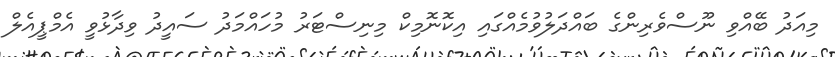
މިއަދު ބޭއްވި ނޫސްވެރިންގެ ބައްދަލުވުމެއްގައި އިކޮނޮމިކް މިނިސްޓަރު މުހައްމަދު ސައީދު ވިދާޅުވީ އެމްޕީއެލް